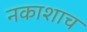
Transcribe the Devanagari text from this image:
नकाशाच